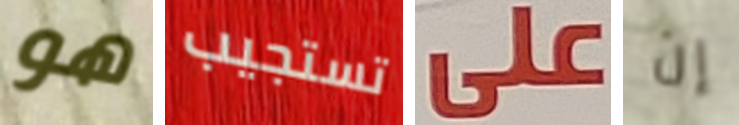
هو تستجيب على إن